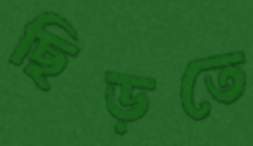
ছিড়তে